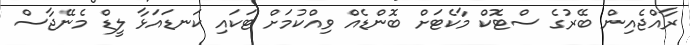
ރާއްޖެއިން ބޭރުގެ ސްޓޮކް މާކެޓަށް ބޮންޑެއް ވިއްކުމަށް ޓަކައި ކަނޑައަޅާ ލީޑް މެނޭޖާސް